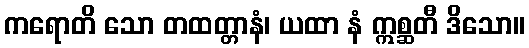
ကရောတိ သော တထတ္တာနံ၊ ယထာ နံ ဣစ္ဆတီ ဒိသော။